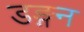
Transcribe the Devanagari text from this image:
डङ्गन